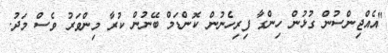
"އެއްޖިންސުން ގުޅުން ހިންގާ ފިރިހެނުން ކޮންޑަމް ބޭނުން ކުރާ މިންވަރު ވެސް މަދު.